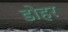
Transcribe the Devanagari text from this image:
डोहर